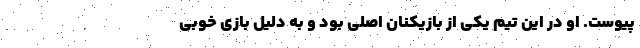
پیوست. او در این تیم یکی از بازیکنان اصلی بود و به دلیل بازی خوبی